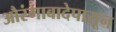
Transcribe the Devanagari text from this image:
औरंगाबादेपासून